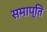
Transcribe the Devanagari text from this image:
समाप्‍ति